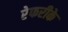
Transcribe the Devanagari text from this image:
रेफरीके